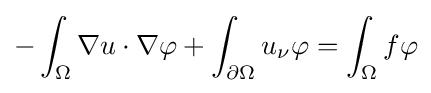
-\int _{\Omega }\nabla u\cdot \nabla \varphi +\int _{\partial \Omega }u_{\nu }\varphi =\int _{\Omega }f\varphi